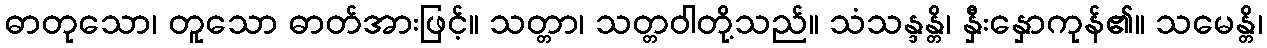
ဓာတုသော၊ တူသော ဓာတ်အားဖြင့်။ သတ္တာ၊ သတ္တဝါတို့သည်။ သံသန္ဒန္တိ၊ နှီးနှောကုန်၏။ သမေန္တိ၊